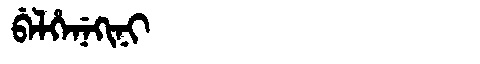
Manchu: ᠪᡝᠯᡥᡝᠨᡝᡴᡳᠨᡳ
Romanization: BELHENEKINI